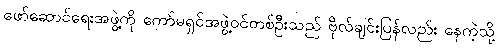
ဖော်ဆောင်ရေးအဖွဲ့ကို ကော်မရှင်အဖွဲ့ဝင်တစ်ဦးသည် ဗိုလ်ချင်းပြန်လည်း နေကဲ့သို့